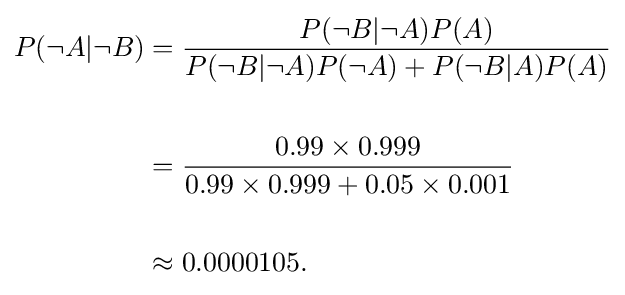
{\begin{aligned}P(\neg A|\neg B)&={\frac {P(\neg B|\neg A)P(A)}{P(\neg B|\neg A)P(\neg A)+P(\neg B|A)P(A)}}\\\\&={\frac {0.99\times 0.999}{0.99\times 0.999+0.05\times 0.001}}\\~\\&\approx 0.0000105.\end{aligned}}